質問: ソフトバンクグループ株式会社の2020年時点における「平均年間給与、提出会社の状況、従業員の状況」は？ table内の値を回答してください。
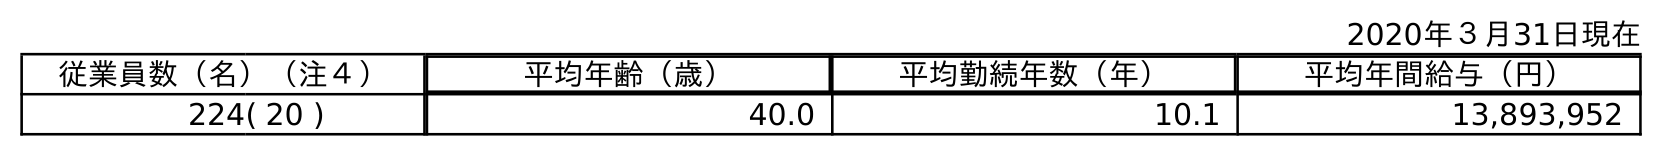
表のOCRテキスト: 2020年３月31日現在 従業員数（名）（注４） 平均年齢（歳） 平均勤続年数（年） 平均年間給与（円） 224( 20 ) 40.0 10.1 13,893,952
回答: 13,893,952